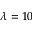
\lambda = 1 0